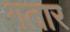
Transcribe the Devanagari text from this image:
गतार